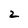
Character: 2